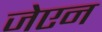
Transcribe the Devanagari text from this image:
जेएन